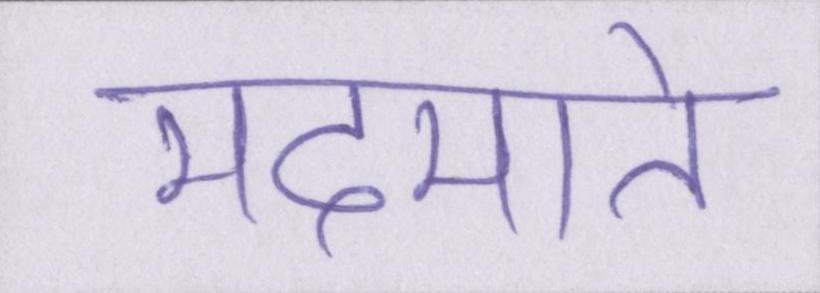
मदमाते